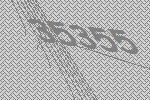
35355